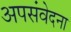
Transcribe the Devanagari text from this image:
अपसंवेदना